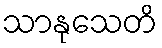
သာနုသေတိ